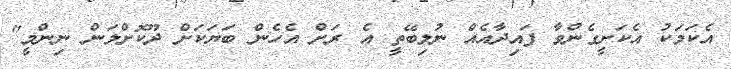
އެކަމަކު އެކަށީގެންވާ ފައިދާއެއް ނުލިބޭތީ އެ ރަށް އެހެން ބަޔަކަށް ދޫކޮށްލަން ނިންމީ"